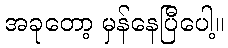
အခုတော့ မှန်နေပြီပေါ့။